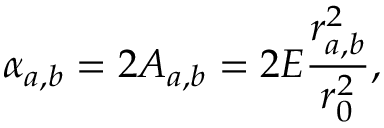
\alpha _ { a , b } = 2 A _ { a , b } = 2 E \frac { r _ { a , b } ^ { 2 } } { r _ { 0 } ^ { 2 } } ,